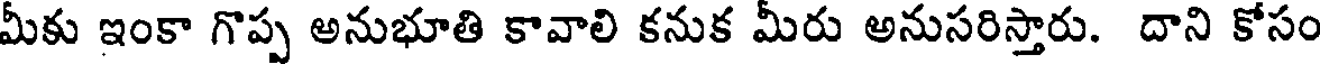
మీకు ఇంకా గొప్ప అనుభూతి కావాలి కనుక మీరు అనుసరిస్తారు. దాని కోసం